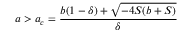
a > a _ { c } = \frac { b ( 1 - \delta ) + \sqrt { - 4 S ( b + S ) } } { \delta }